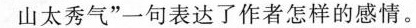
山太秀气”一句表达了作者怎样的感情。